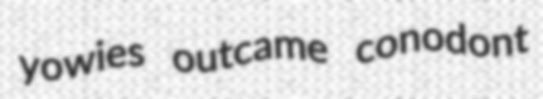
yowies outcame conodont